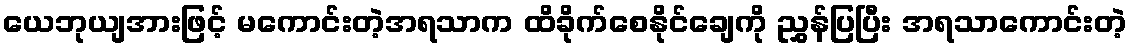
ယေဘုယျအားဖြင့် မကောင်းတဲ့အရသာက ထိခိုက်စေနိုင်ချေကို ညွှန်ပြပြီး အရသာကောင်းတဲ့